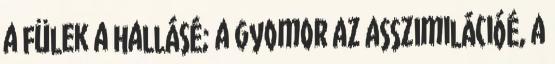
a fülek a hallásé; a gyomor az asszimilációé, a